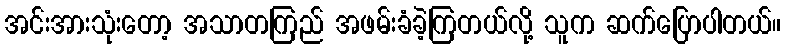
အင်းအားသုံးတော့ အသာတကြည် အဖမ်းခံခဲ့ကြတယ်လို့ သူက ဆက်ပြောပါတယ်။